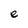
Character: e